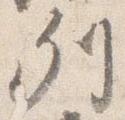
列